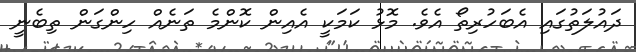
ދައުލަތުގައި އެބަހުރިތޯ އެވެ. މޮޅު ކަމަކީ އެއިން ކޮންމެ ތަނެއް ހިންގަން ތިބެނީ